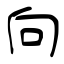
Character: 向